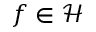
f \in \mathcal H